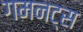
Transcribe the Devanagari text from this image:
गमनट्स